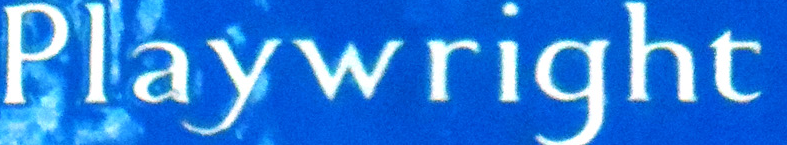
Playwright